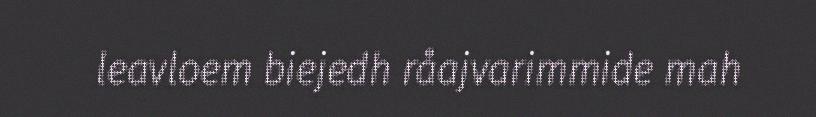
leavloem biejedh råajvarimmide mah